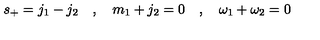
s _ { + } = j _ { 1 } - j _ { 2 } \quad , \quad m _ { 1 } + j _ { 2 } = 0 \quad , \quad \omega _ { 1 } + \omega _ { 2 } = 0